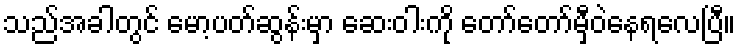
သည်အခါတွင် မော့ပတ်ဆွန်းမှာ ဆေးဝါးကို တော်တော်မှီဝဲနေရလေပြီ။